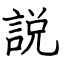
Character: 説